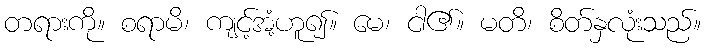
တရားကို။ စရာမိ၊ ကျင့်အံ့ဟူ၍။ မေ၊ ငါ၏။ မတိ၊ စိတ်နှလုံးသည်။